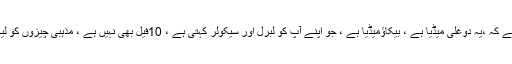
اور میں نے اپنے آپ میں فیصلہ کر لیا ہے کہ ،یہ دوغلی میڈیا ہے ، بیکاؤمیڈیا ہے ، جو اپنے آپ کو لبرل اور سیکولر کہتی ہے ، 10فیل بھی نہیں ہے ، مذہبی چیزوں کو لیکر ملک کی یکجہتی پر حملہ کرتے ہیں۔